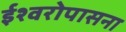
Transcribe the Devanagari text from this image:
ईश्वरोपासना